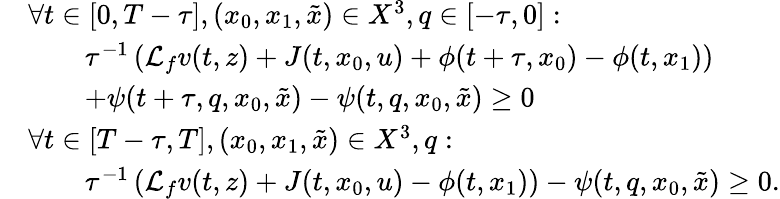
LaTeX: \begin{array}{rl}&{\forall t\in[0,T-\tau],(x_{0},x_{1},\tilde{x})\in X^{3},q\in[-\tau,0]:}\\ &{\qquad\tau^{-1}\left(\mathcal{L}_{f}v(t,z)+J(t,x_{0},u)+\phi(t+\tau,x_{0})-\phi(t,x_{1})\right)}\\ &{\qquad+\psi(t+\tau,q,x_{0},\tilde{x})-\psi(t,q,x_{0},\tilde{x})\geq 0}\\ &{\forall t\in[T-\tau,T],(x_{0},x_{1},\tilde{x})\in X^{3},q:}\\ &{\qquad\tau^{-1}\left(\mathcal{L}_{f}v(t,z)+J(t,x_{0},u)-\phi(t,x_{1})\right)-\psi(t,q,x_{0},\tilde{x})\geq 0.}\end{array}